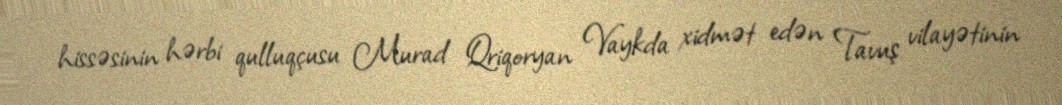
hissəsinin hərbi qulluqçusu Murad Qriqoryan Vaykda xidmət edən Tavuş vilayətinin